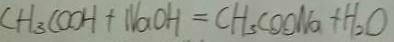
C H _ { 3 } ( C O H + 1 1 a O H = C H _ { 3 } C O O N a + H _ { 2 } O